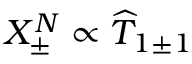
X _ { \pm } ^ { N } \propto \widehat { T } _ { 1 \pm 1 }